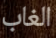
الغاب